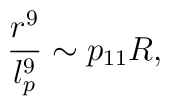
\frac {r^9}{l_p^9} \sim p_{11}R,